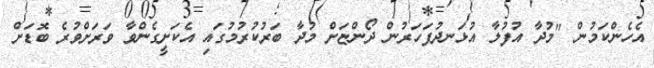
އެހެންކަމުން "މުދާ އުފުލާ އުޅަނދުފަހަރުން ދޯންޏަށް މުދާ ބަރުކުރުމުގައި އެކަށީގެންވާ ވަރަށްވުރެ ބޮޑަށް